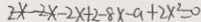
2 x - 2 x - 2 x + 2 - 8 x - a + 2 x ^ { 2 } = 0